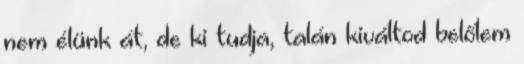
nem élünk át, de ki tudja, talán kiváltod belőlem